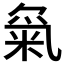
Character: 𱸿